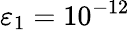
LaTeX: \varepsilon_{1}=10^{-12}